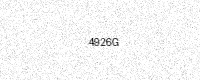
Text: 4926G